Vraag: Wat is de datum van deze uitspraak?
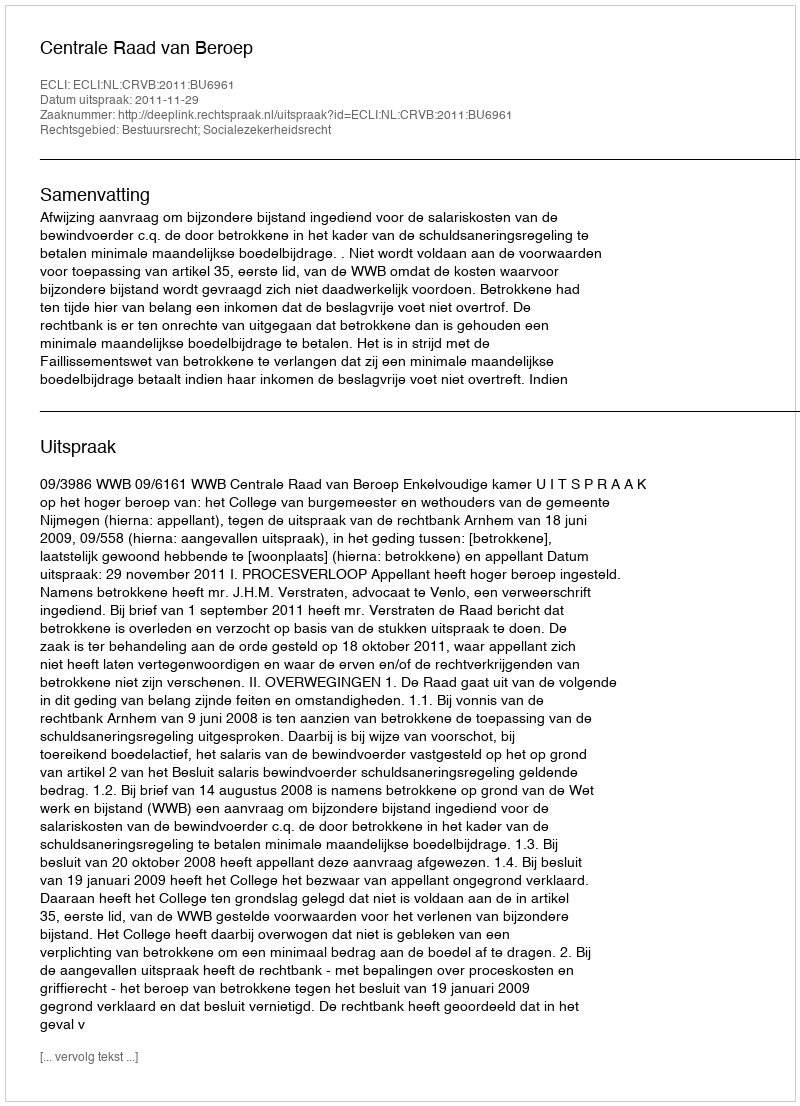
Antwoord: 2011-11-29